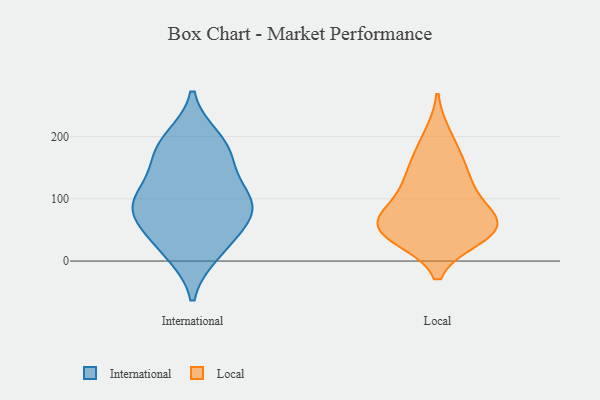
{"axis": {"x": "Demand Index", "y": "Value"}, "legend": ["International", "Local"], "data": [{"x": "", "y": 152, "type": "International"}, {"x": "", "y": 47, "type": "International"}, {"x": "", "y": 78, "type": "International"}, {"x": "", "y": 79, "type": "International"}, {"x": "", "y": 13, "type": "International"}, {"x": "", "y": 175, "type": "International"}, {"x": "", "y": 98, "type": "International"}, {"x": "", "y": 185, "type": "International"}, {"x": "", "y": 119, "type": "International"}, {"x": "", "y": 93, "type": "International"}, {"x": "", "y": 19, "type": "International"}, {"x": "", "y": 196, "type": "International"}, {"x": "", "y": 81, "type": "International"}, {"x": "", "y": 121, "type": "Local"}, {"x": "", "y": 142, "type": "Local"}, {"x": "", "y": 67, "type": "Local"}, {"x": "", "y": 106, "type": "Local"}, {"x": "", "y": 40, "type": "Local"}, {"x": "", "y": 53, "type": "Local"}, {"x": "", "y": 56, "type": "Local"}, {"x": "", "y": 200, "type": "Local"}, {"x": "", "y": 163, "type": "Local"}, {"x": "", "y": 66, "type": "Local"}, {"x": "", "y": 59, "type": "Local"}, {"x": "", "y": 39, "type": "Local"}]}